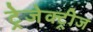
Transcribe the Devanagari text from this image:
ट्रेजेक्ट्रीज